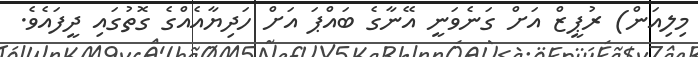
މިލިއަން) ރުޕީޒް އަށް ގަނެވަނީ އޭނާގެ ބައްޕަ އަށް ހަދިޔާއެއްގެ ގޮތުގައި ދީފައެވެ.